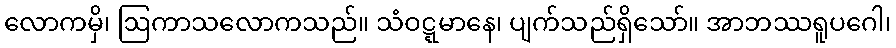
လောကမှိ၊ ဩကာသလောကသည်။ သံဝဋ္ဋမာနေ၊ ပျက်သည်ရှိသော်။ အာဘဿရူပဂေါ၊